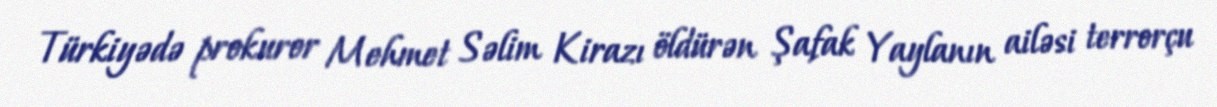
Türkiyədə prokuror Mehmet Səlim Kirazı öldürən Şafak Yaylanın ailəsi terrorçu